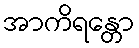
အာကိရန္တော